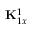
{ \bf K } _ { 1 x } ^ { 1 }